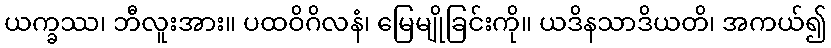
ယက္ခဿ၊ ဘီလူးအား။ ပထဝိဂိလနံ၊ မြေမျိုခြင်းကို။ ယဒိနသာဒိယတိ၊ အကယ်၍